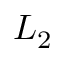
L _ { 2 }